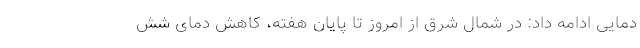
دمایی ادامه داد: در شمال شرق از امروز تا پایان هفته، کاهش دمای شش